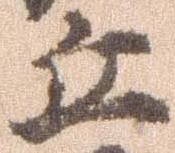
丘